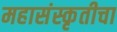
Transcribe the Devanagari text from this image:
महासंस्कृतीचा